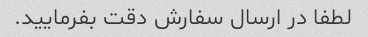
لطفا در ارسال سفارش دقت بفرمایید.